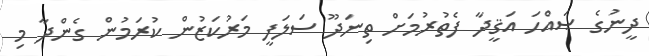
ދީނުގެ ޞައްހަ އަޤީދާ ފެތުރުމަށް ތިނަދޫ ސަލަފީ މަރުކަޒުން ކުރަމުން ގެންދާ މި